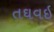
તઘવઇ